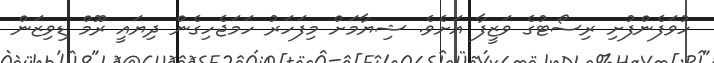
ހުވަފެންފުށި ރިސޯޓުގެ ވަޒީފާ އަށެވެ. ޝިޔާމަށް މިފަހަރު ހަމަޖެހިގެން ދިޔައީ ރޫމް ޑިވިޒަން